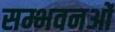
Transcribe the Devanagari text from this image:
सम्भवनओं